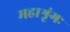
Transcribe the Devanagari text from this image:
महाश्रृंगः